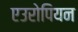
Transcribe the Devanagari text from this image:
एउरोपियन